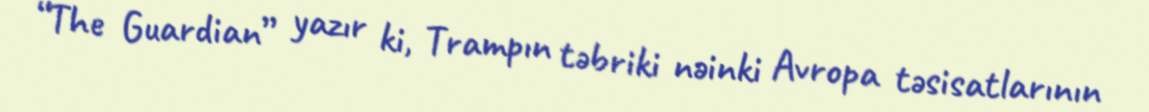
“The Guardian” yazır ki, Trampın təbriki nəinki Avropa təsisatlarının